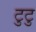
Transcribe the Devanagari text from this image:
टुटु